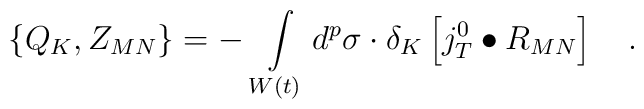
\left\{ Q_K,Z_{MN}\right\} =-\,\int\limits_{W\left( t\right)}d^p\sigma \cdot \delta _K\left[ j_T^0\bullet R_{MN}\right] \quad .